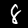
Digit: 8